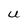
Character: U